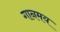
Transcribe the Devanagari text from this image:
गानमय